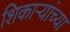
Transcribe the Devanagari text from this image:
शिकाऱ्यांच्या